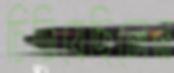
চিতিয়েছিলেন